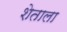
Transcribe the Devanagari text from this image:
शेताला